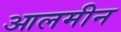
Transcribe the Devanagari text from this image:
आलमीन